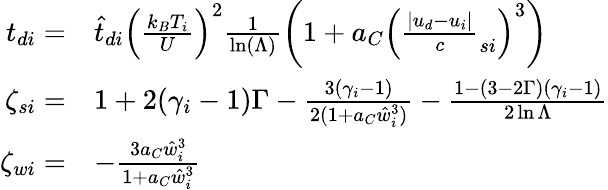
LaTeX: \begin{array}{rl}{{t_{di}}=}&{\hat{t}_{di}\left(\frac{k_{B}T_{i}}U\right)^{2}\frac 1{\ln(\Lambda)}\left(1+a_{C}\left(\frac{|{u_{d}}-{u_{i}}|}c_{si}\right)^{3}\right)}\\ {\zeta_{si}=}&{1+2(\gamma_{i}-1)\Gamma-\frac{3(\gamma_{i}-1)}{2(1+a_{C}\hat{w}_{i}^{3})}-\frac{1-(3-2\Gamma)(\gamma_{i}-1)}{2\ln{\Lambda}}}\\ {\zeta_{wi}=}&{-\frac{3a_{C}\hat{w}_{i}^{3}}{1+a_{C}\hat{w}_{i}^{3}}}\end{array}